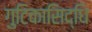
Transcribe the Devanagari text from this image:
गुटिकासिद्धि